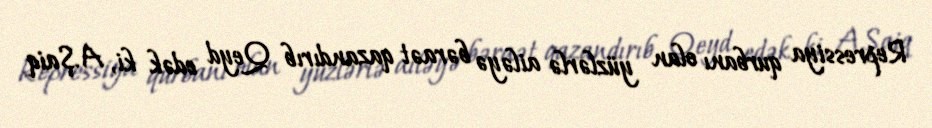
Repressiya qurbanı olan yüzlərlə ailəyə bəraət qazandırıb Qeyd edək ki, A.Şaiq